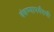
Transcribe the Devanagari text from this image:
बंधण्यापर्यंतची